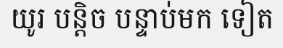
យូរ បន្តិច បន្ទាប់មក ទៀត